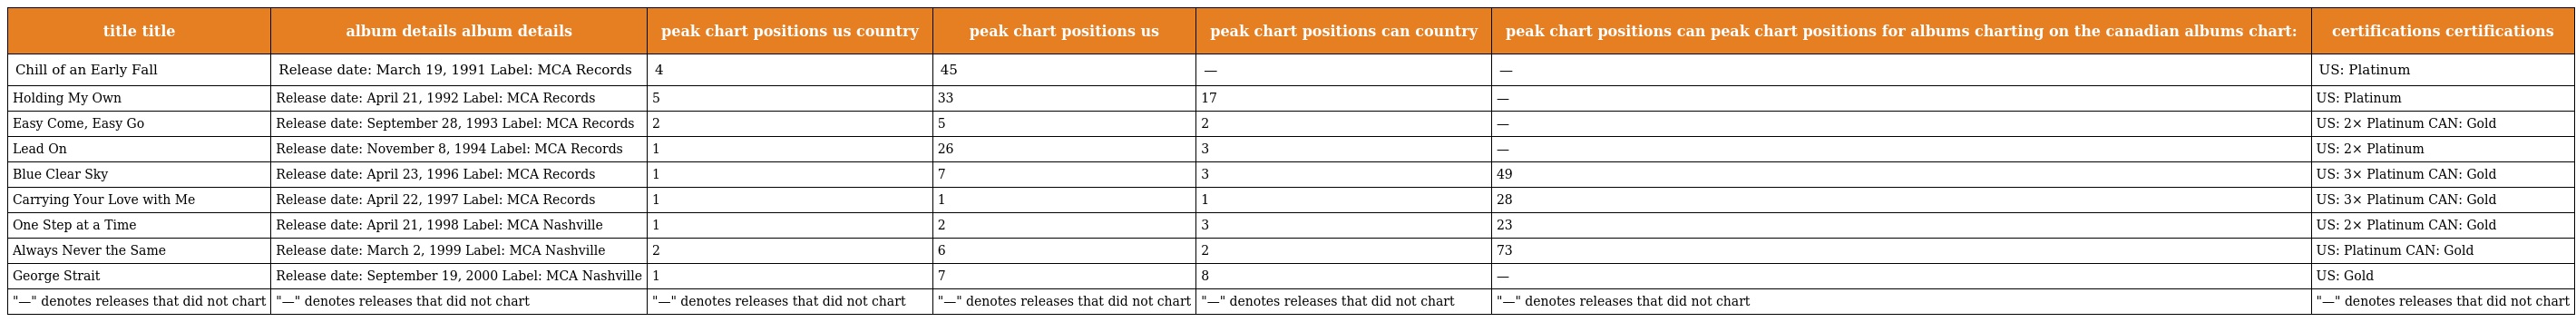
| title title | album details album details | peak chart positions us country | peak chart positions us | peak chart positions can country | peak chart positions can peak chart positions for albums charting on the canadian albums chart: | certifications certifications |
 | --- | --- | --- | --- | --- | --- | --- |
 | Chill of an Early Fall | Release date: March 19, 1991 Label: MCA Records | 4 | 45 | — | — | US: Platinum |
 | Holding My Own | Release date: April 21, 1992 Label: MCA Records | 5 | 33 | 17 | — | US: Platinum |
 | Easy Come, Easy Go | Release date: September 28, 1993 Label: MCA Records | 2 | 5 | 2 | — | US: 2× Platinum CAN: Gold |
 | Lead On | Release date: November 8, 1994 Label: MCA Records | 1 | 26 | 3 | — | US: 2× Platinum |
 | Blue Clear Sky | Release date: April 23, 1996 Label: MCA Records | 1 | 7 | 3 | 49 | US: 3× Platinum CAN: Gold |
 | Carrying Your Love with Me | Release date: April 22, 1997 Label: MCA Records | 1 | 1 | 1 | 28 | US: 3× Platinum CAN: Gold |
 | One Step at a Time | Release date: April 21, 1998 Label: MCA Nashville | 1 | 2 | 3 | 23 | US: 2× Platinum CAN: Gold |
 | Always Never the Same | Release date: March 2, 1999 Label: MCA Nashville | 2 | 6 | 2 | 73 | US: Platinum CAN: Gold |
 | George Strait | Release date: September 19, 2000 Label: MCA Nashville | 1 | 7 | 8 | — | US: Gold |
 | "—" denotes releases that did not chart | "—" denotes releases that did not chart | "—" denotes releases that did not chart | "—" denotes releases that did not chart | "—" denotes releases that did not chart | "—" denotes releases that did not chart | "—" denotes releases that did not chart |